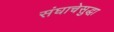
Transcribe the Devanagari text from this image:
संघाचेसुद्धा